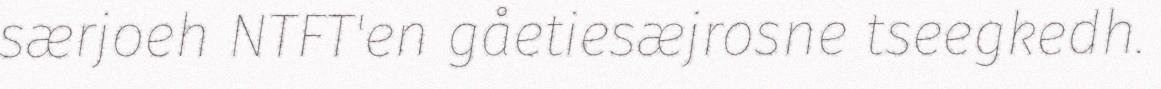
særjoeh NTFT'en gåetiesæjrosne tseegkedh.